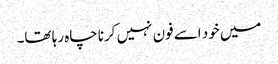
میں خود اسے فون نہیں کرنا چاہ رہا تھا۔